Annual administration report of the Civil Veterinary Department of India - 1899-1900
Year: 1899
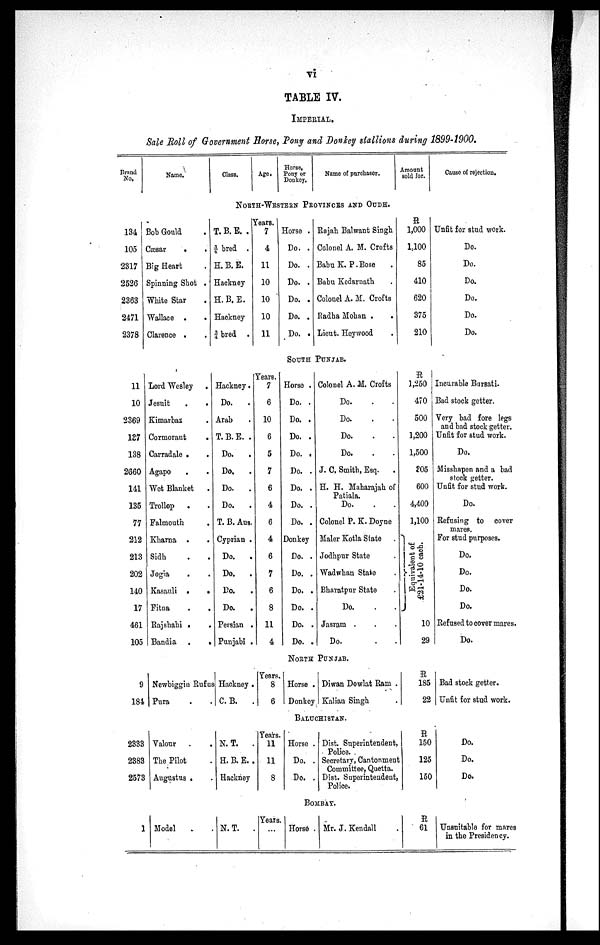
vi
TABLE IV.
IMPERIAL.
Sale Roll of Government Horse, Pony and Donkey stallions during 1899-1900.
Brand
No.
134
105
2317
2526
2363
2471
2378
Name.
Bob Gould .
Cæsar
. .
Big Heart .
Spinning Shot .
White Star .
Wallace . .
Clarence . .
Class.
Age.
Horse,
Pony or
Donkey.
Name of purchaser.
NORTH-WESTERN PROVINCES AND OUDH.
T. B. E. .
¾ bred.
H. B. E.
Hackney
H. B. E.
Hackney
¾ bred .
Years.
7
4
11
10
10
10
11
11
10
2369
137
138
2660
141
135
77
212
213
202
140
17
461
105
Lord Wesley
.
Jesuit
.
.
Kimarbaz .
Cormorant
.
Carradale . .
Agapo
. .
Wet Blanket
.
Trollop . .
Falmouth
.
Kharna .
.
Sidh . .
Jogia . .
Kasauli
.
.
Fitna . .
Rajshahi . .
Bandia .
.
Hackney .
Do.
.
Arab
T. B. E. .
Do.
.
Do.
.
Do.
.
Do.
.
T. B. Aus.
Cyprian .
Do.
.
Do.
.
Do.
.
Do.
.
Persian .
Punjabi .
Years.
7
6
10
6
5
7
6
4
6
4
6
7
6
8
11
4
9
181
2333
2383
2573
1
Newbiggin Rufus
Pura . .
Valour
The Pilot .
Augustus . .
Model
Hackney .
C. B.
.
N. T.
.
H. B. E. .
Hackney
N. T.
.
Years.
8
6
Years.
11
11
8
Years.
...
Horse .
Do. .
Do. .
Do. .
Do. .
Do. .
Do. .
Rajah Balwant Singh
Colonel A. M. Crofts
Babu K. P. Bose .
Babu Kedarnath .
Colonel A. M. Crofts
Radha Mohan . .
Lieut. Heywood .
SOUTH PUNJAB.
Horse .
Do. .
Do. .
Do. .
Do. .
Do. .
Do. .
Do. .
Do. .
Donkey
Do. .
Do. .
Do. .
Do. .
Do. .
Do. .
Colonel A. M. Crofts
Do.
Do.
Do.
Do.
J. C, Smith, Esq.
.
H. H. Maharajah of
Patiala.
Do.
Colonel P. K. Doyne
Maler Kotla State .
Jodhpur State .
Wadwhan State .
Bharatpur State .
Do.
Jasram . . .
Do.
NORTH PUNJAB
Horse .
Donkey
Diwan Dowlat Ram .
Kalian Singh .
BALUCHISTAN.
Horse .
Do. .
Do. .
Dist. Superintendent,
Police.
Secretary, Cantonment
Committee, Quetta.
Dist. Superintendent,
Police.
BOMBAY.
Horse . Mr. J. Kendall
Amount
sold for.
R
1,000
1,100
85
410
620
375
210
Cause of rejection.
Unfit for stud work.
Do.
Do.
Do.
Do.
Do.
Do.
R
1,250
470
500
1,200
1,500
S05
600
4,400
1,100
Equivalent of
£21-14-10 each.
10
29
Incurable Bursati.
Bad stock getter.
Very bad fore legs
and bad stock getter.
Unfit for stud work.
Do.
Misshapen and a bad
stock getter.
Unfit for stud work.
Do.
Refusing to cover
mares.
For stud purposes.
Do.
Do.
Do.
Do.
Refused to cover mares.
Do.
R
185
22
R
150
125
150
R
61
Bad stock getter.
Unfit for stud work.
Do.
Do.
Do.
Unsuitable for mares
in the Presidency.